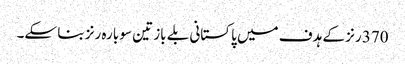
370 رنز کے ہدف میں پاکستانی بلے باز تین سو بارہ رنز بنا سکے۔